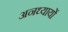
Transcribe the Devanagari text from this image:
अनध्यायों